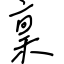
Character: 稟